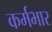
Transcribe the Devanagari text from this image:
कर्मभार